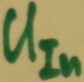
Text: UIn